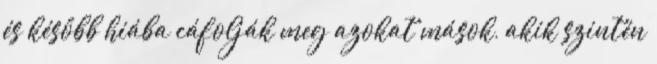
és később hiába cáfolják meg azokat mások, akik szintén